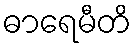
ဓာရေမီတိ